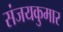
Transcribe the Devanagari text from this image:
संजयकुमार